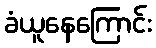
ခံယူနေကြောင်း